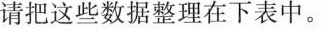
请把这些数据整理在下表中。